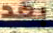
بعد